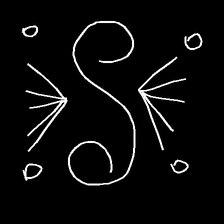
Glyph: aeroform